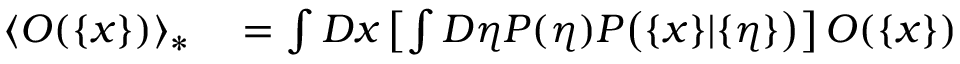
\begin{array} { r l } { \langle O ( \{ x \} ) \rangle _ { * } } & { { } = \int D x \left[ \int D \eta P ( \eta ) P \big ( \{ x \} | \{ \eta \} \big ) \right] O ( \{ x \} ) } \end{array}